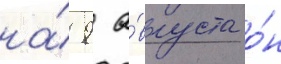
на́ 9 а́вгуста о́н